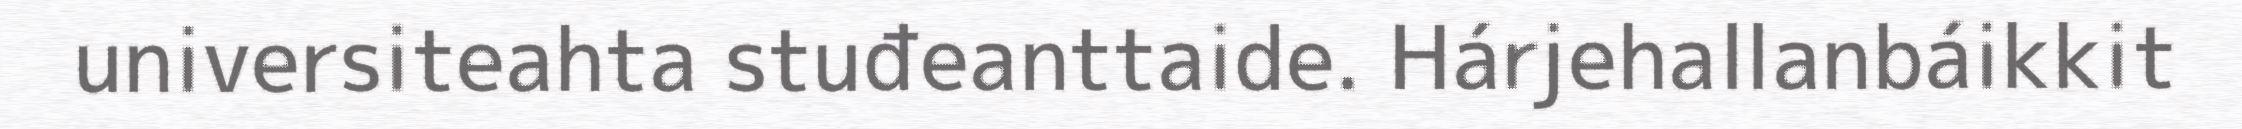
universiteahta stuđeanttaide. Hárjehallanbáikkit